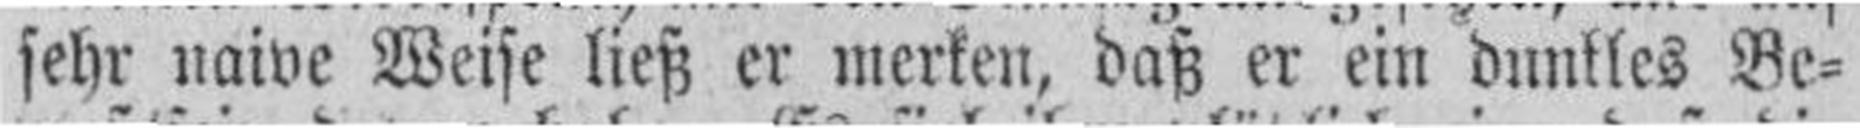
sehr naive Weise ließ er merken, daß er ein dunkles Be¬